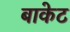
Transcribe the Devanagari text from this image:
बाकेट